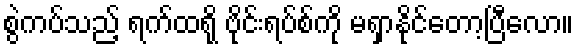
စွဲကပ်သည့် ရက်ထရို ဗိုင်းရပ်စ်ကို မရှာနိုင်တော့ပြီလော။